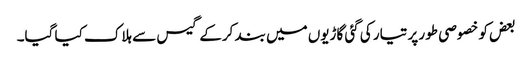
بعض کو خصوصی طور پر تیار کی گئی گاڑیوں میں بند کرکے گیس سے ہلاک کیا گیا۔